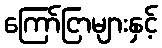
ကြော်ငြာများနှင့်